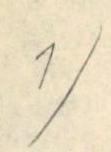
1/